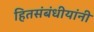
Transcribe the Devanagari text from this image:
हितसंबंधीयांनी